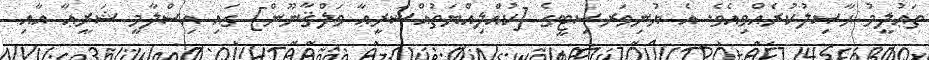
ތަޢުލީމު ޙާޞިލުކުރެއްވިއެވެ. އެ ޔުނިވަރސިޓީގެ [ކުއްލިއްޔަތުއްޝަރީޢާ ވަލްޤާނޫން] ގައި އިސްލާމީ ޝަރީޢާ އާއި